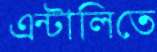
এন্টালিতে